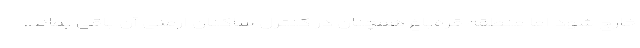
خارج شود اما منطقه قره‌باغ همچنان در کنترل ساکنان ارمنی آن باقی بماند.